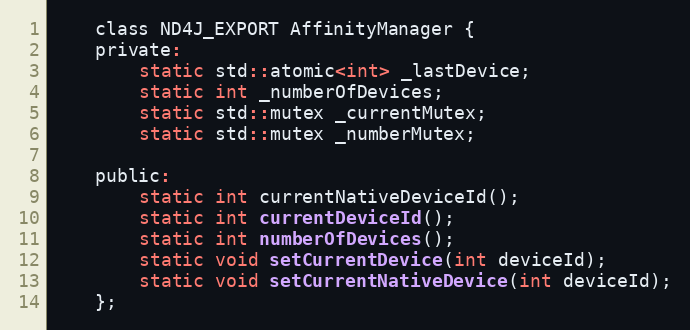
Language: C
    class ND4J_EXPORT AffinityManager {
    private:
        static std::atomic<int> _lastDevice;
        static int _numberOfDevices;
        static std::mutex _currentMutex;
        static std::mutex _numberMutex;

    public:
        static int currentNativeDeviceId();
        static int currentDeviceId();
        static int numberOfDevices();
        static void setCurrentDevice(int deviceId);
        static void setCurrentNativeDevice(int deviceId);
    };